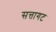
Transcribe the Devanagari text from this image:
सत्तागट